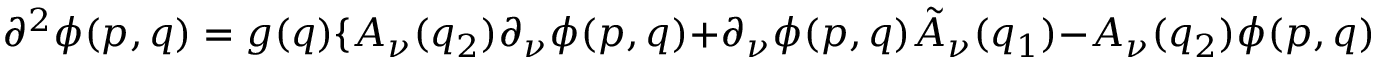
\partial ^ { 2 } \phi ( p , q ) = g ( q ) \{ A _ { \nu } ( q _ { 2 } ) \partial _ { \nu } \phi ( p , q ) + \partial _ { \nu } \phi ( p , q ) \tilde { A } _ { \nu } ( q _ { 1 } ) - A _ { \nu } ( q _ { 2 } ) \phi ( p , q ) A _ { \nu } ( q _ { 1 } ) \}